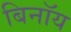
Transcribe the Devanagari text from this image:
बिनॉय